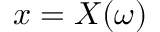
x = X ( \omega )